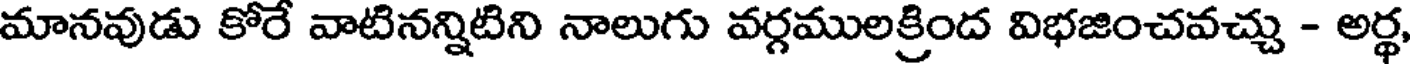
మానవుడు కోరే వాటినన్నిటిని నాలుగు వర్గములక్రింద విభజించవచ్చు - అర్థ